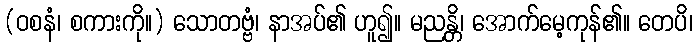
(ဝစနံ၊ စကားကို။) သောတဗ္ဗံ၊ နာအပ်၏ ဟူ၍။ မညန္တိ၊ အောက်မေ့ကုန်၏။ တေပိ၊